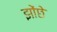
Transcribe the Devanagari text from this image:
झोंछे